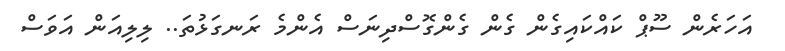
އަހަރެން ސޫޕް ކައްކައިގެން ގެން ގެންގޮސްދިނަސް އެންމެ ރަނގަޅުތަ.. ލިލިއަން އަވަސް